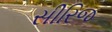
સીરિજ